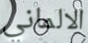
الالماني